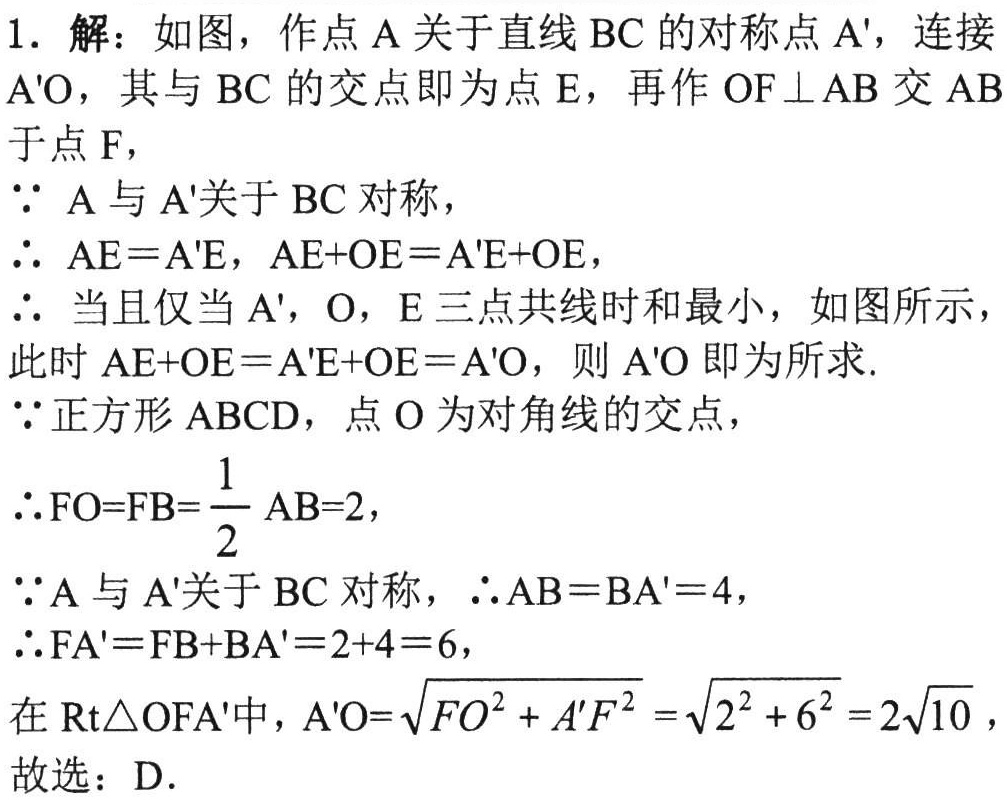
1. 解：如图，作点\(A\)关于直线\(BC\)的对称点\(A'\)，连接
\(A'O\)，其与\(BC\)的交点即为点\(E\)，再作\(OF\perp AB\)交\(AB\)
于点\(F\)，
\(\because\) \(A\)与\(A'\)关于\(BC\)对称，
\(\therefore\) \(AE = A'E\)，\(AE + OE=A'E + OE\)，
\(\therefore\) 当且仅当\(A'\)，\(O\)，\(E\)三点共线时和最小，如图所示，
此时\(AE + OE=A'E + OE=A'O\)，则\(A'O\)即为所求.
\(\because\)正方形\(ABCD\)，点\(O\)为对角线的交点，
\(\therefore FO = FB=\dfrac{1}{2}AB = 2\)，
\(\because A\)与\(A'\)关于\(BC\)对称，\(\therefore AB = BA' = 4\)，
\(\therefore FA' = FB + BA' = 2 + 4 = 6\)，
在\(\text{Rt}\triangle OFA'\)中，\(A'O=\sqrt{FO^{2}+A'F^{2}}=\sqrt{2^{2}+6^{2}} = 2\sqrt{10}\)，
故选：\(D\).